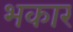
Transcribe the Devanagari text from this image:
भकार